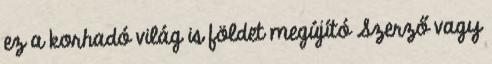
ez a korhadó világ is földet megújító Szerző vagy